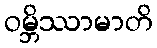
ဝမ္ဘိဿာမာတိ